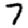
Digit: 7